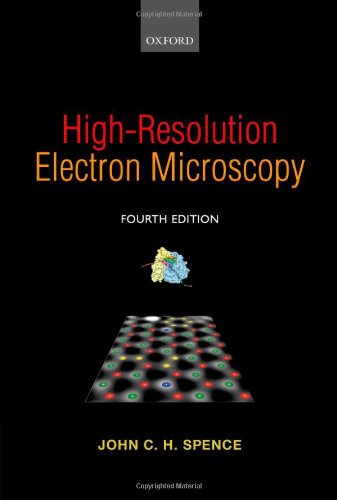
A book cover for High-Resolution Electron Microscopy; John C. H. Spence; Science & Math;